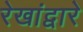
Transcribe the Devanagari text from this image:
रेखांद्वारे